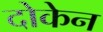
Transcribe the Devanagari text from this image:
दोकेन